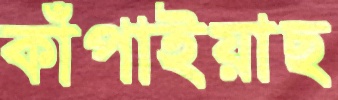
কাঁপাইয়াছ